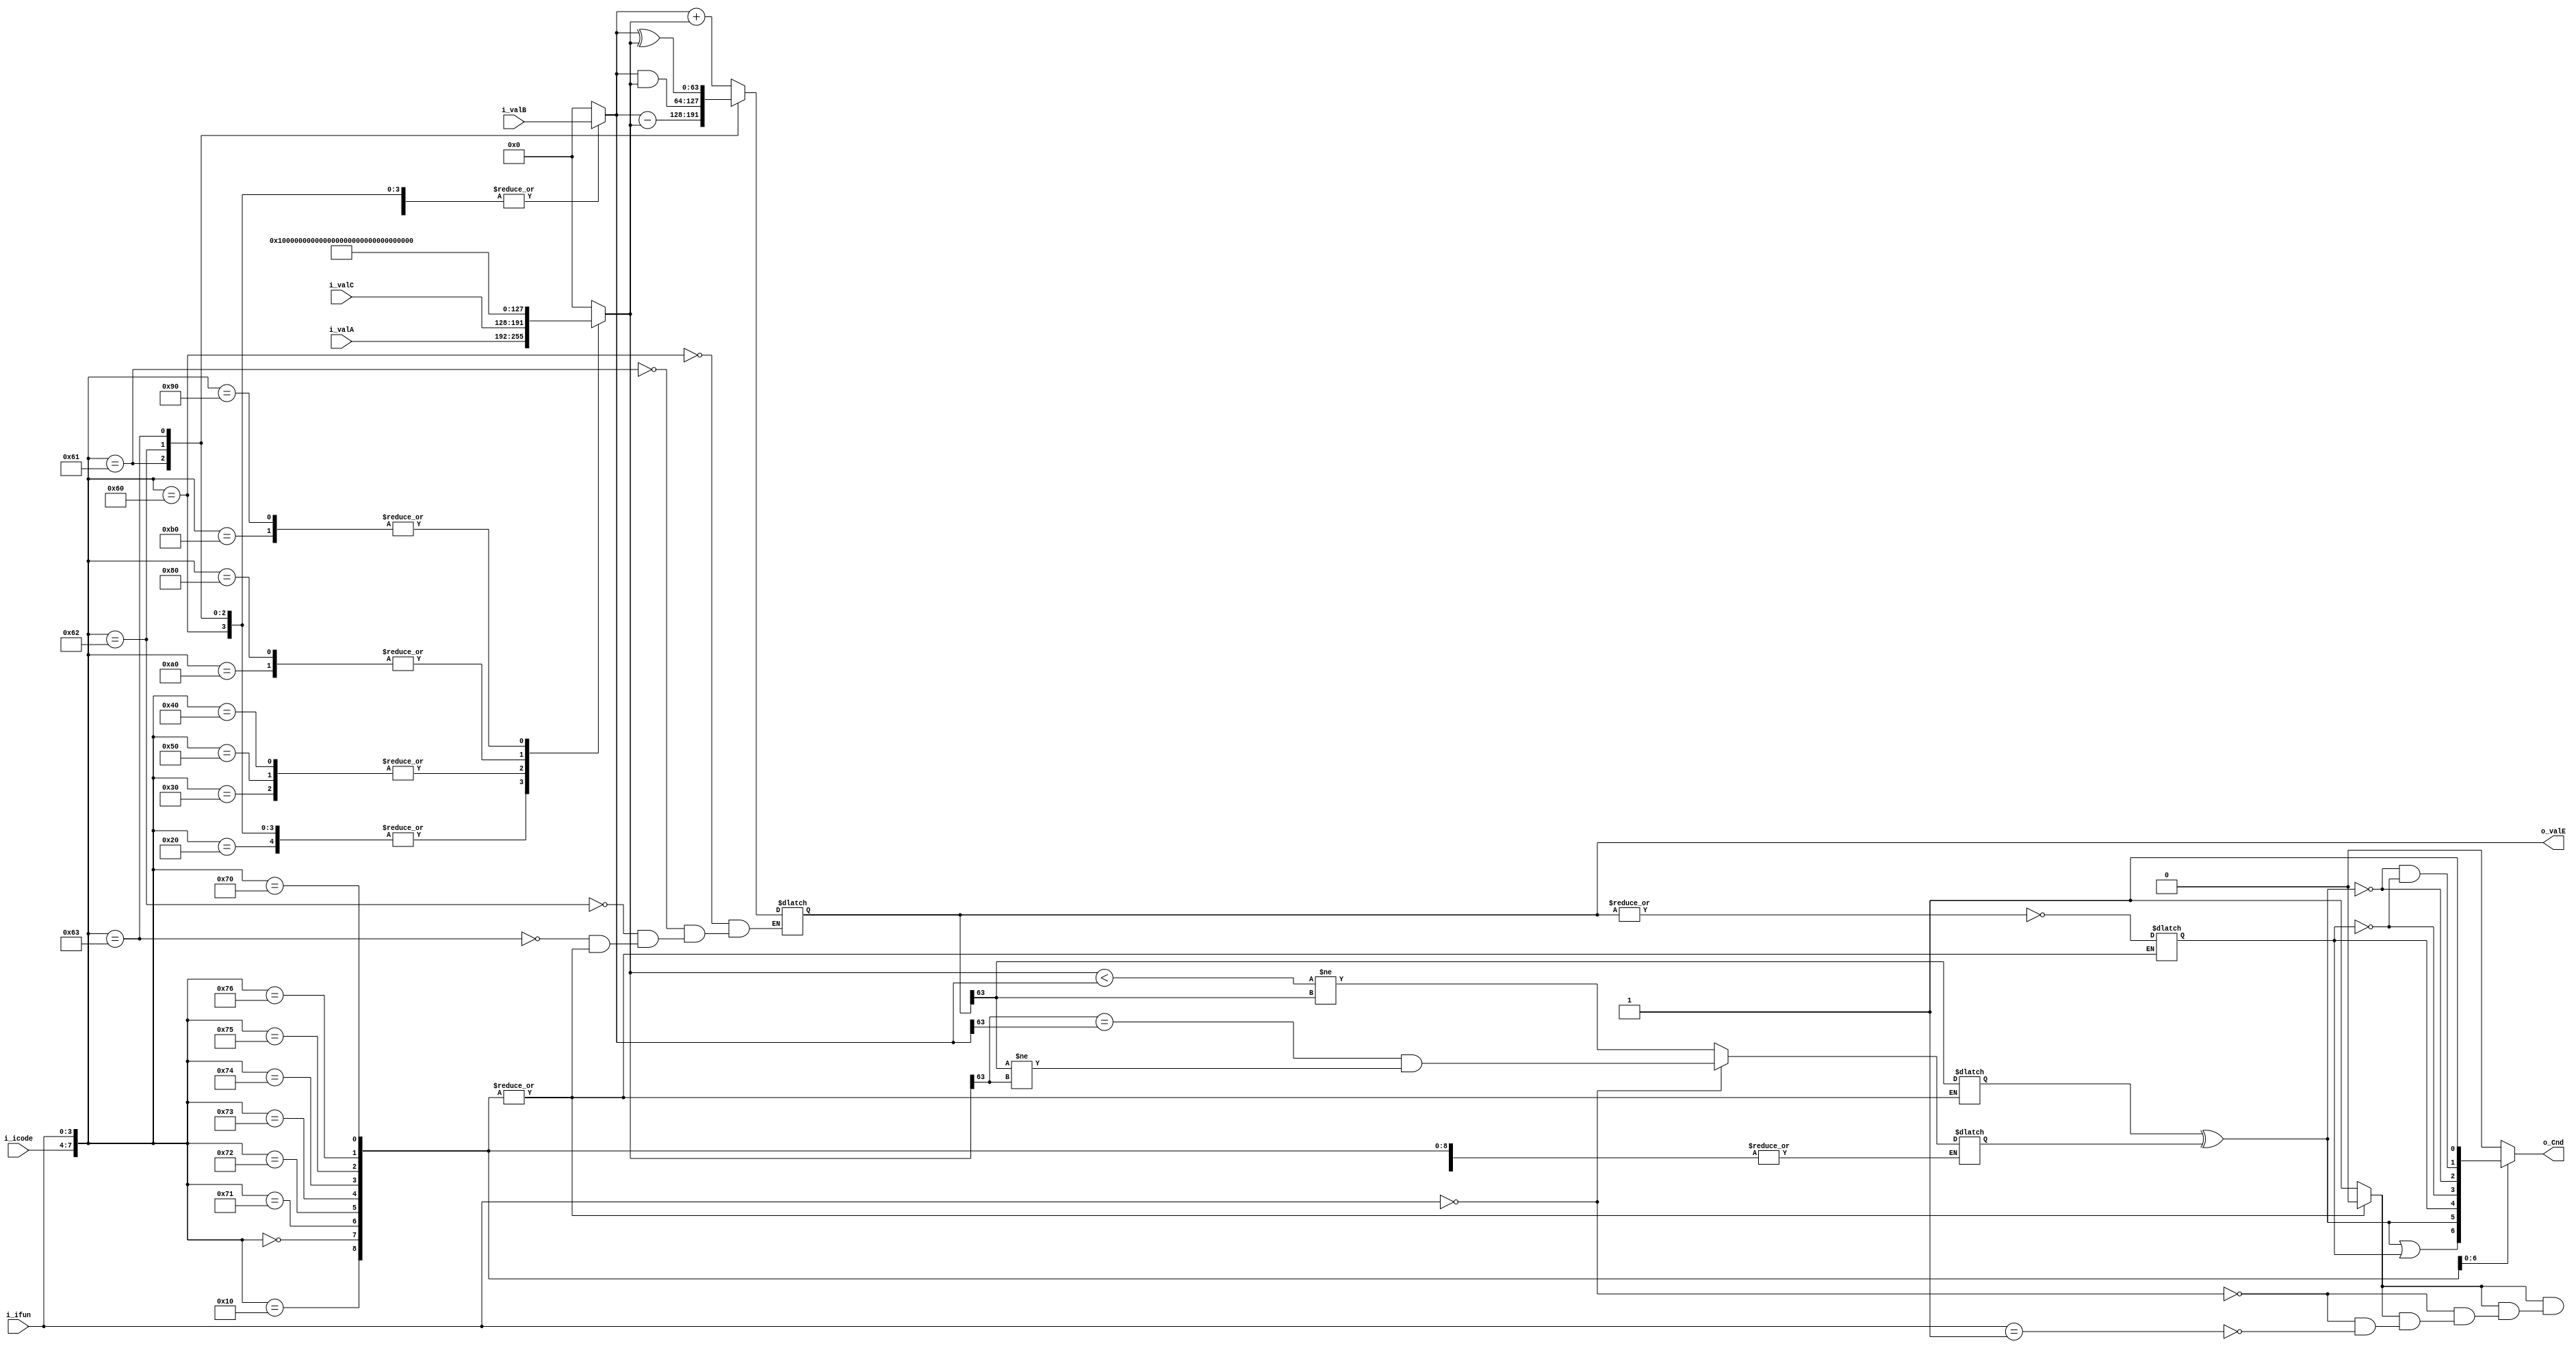
`timescale 1ns / 1ps
//////////////////////////////////////////////////////////////////////////////////
// Company: 
// Engineer: 
// 
// Design Name: 
// Module Name: execute
// Project Name: 
// Target Devices: 
// Tool Versions: 
// Description: 
// 
// Dependencies: 
// 
// Revision:
// Revision 0.01 - File Created
// Additional Comments:
// 
//////////////////////////////////////////////////////////////////////////////////


module execute(
    input           [3:0]           i_icode         ,
    input           [3:0]           i_ifun          ,
    input           [63:0]          i_valA          ,
    input           [63:0]          i_valB          ,
    input           [63:0]          i_valC          ,
    
    output   reg                    o_Cnd           ,
    output   reg    [63:0]          o_valE            
    );
    
    reg             [63:0]           ALUA           ;
    reg             [63:0]           ALUB           ; 
    
    reg                              need_alu       ;
    wire                             set_cc         ;
    reg                              ZF             ;
    reg                              SF             ;
    reg                              OF             ;
    assign  set_cc = (i_icode == 4'h6);
    always @(*) begin
        case({i_icode,i_ifun}) 
            8'h20,
            8'h60,
            8'h61,
            8'h62,
            8'h63 :begin
                ALUA = i_valA;
            end
            8'h30,
            8'h40,
            8'h50:begin
                ALUA = i_valC;
            end
            8'h80,
            8'ha0:begin
                ALUA = 64'hFFFFFFFFFFFFFFF8;
            end
            8'h90,
            8'hb0:begin
                ALUA = 64'd8;
            end
            default:begin
                ALUA = 64'd0;
            end
        endcase
    end
    
    always @(*) begin
        case({i_icode,i_ifun})
            8'h40,
            8'h50,
            8'h60,
            8'h61,
            8'h62,
            8'h63,
            8'h80,
            8'h90,
            8'ha0,
            8'hb0:begin
                ALUB = i_valB;
            end
            default:begin
                ALUB = 64'd0;
            end
        endcase
    end
    
    always @(*)begin
        case({i_icode,i_ifun})
            8'h00,
            8'h10,
            8'h70,
            8'h71,
            8'h72,
            8'h73,
            8'h74,
            8'h75,
            8'h76:begin
                need_alu = 1'b0;
            end
            default:begin
                need_alu = 1'b1;
            end
        endcase
    end
    
    always @(*) begin
        case({i_icode,i_ifun}) 
            8'h60:begin
                o_valE = ALUB + ALUA;
            end
            8'h61:begin
                o_valE = ALUB - ALUA;
            end
            8'h62:begin
                o_valE = ALUB&ALUA;
            end
            8'h63:begin
                o_valE = ALUB^ALUA;
            end
            default:begin
                o_valE = need_alu? ALUB+ALUA:o_valE;
            end
        endcase
    end
    
    always @(*) begin
        if(need_alu) begin
            ZF = !(|(o_valE));
        end
        else begin
            ZF = ZF;
        end
    end
    
     always @(*) begin
        if(need_alu) begin
            SF = (o_valE[63] == 1'b1);
        end
        else begin
            SF = SF;
        end
    end
    
     always @(*) begin
        if(need_alu) begin
            if(i_ifun == 4'h0) begin
                OF = (ALUA[63] == ALUB[63])&& ((o_valE[63] == 1'b1)!= (ALUA[63]==1));
            end
            else if(i_ifun == 4'h1) begin
                OF = (ALUA < ALUB) != o_valE[63];
            end
        end
        else begin
            OF = OF;
        end
    end
    
    always @(*) begin
        case({i_icode,i_ifun})
            8'h71:begin
                o_Cnd = (SF^OF)|ZF;
            end
            8'h72:begin
                o_Cnd = SF^OF;
            end
            8'h73:begin
                o_Cnd = ZF;
            end
            8'h74:begin
                o_Cnd = ~ZF;
            end
            8'h75:begin
                o_Cnd = ~(SF^OF);
            end
            8'h76:begin
                o_Cnd = (~(SF^OF))&(~ZF);
            end
            8'h70:begin
                o_Cnd = 1'b1;
            end
            default:begin
                o_Cnd = 1'b0;
            end
        endcase
    end
    
endmodule